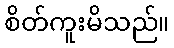
စိတ်ကူးမိသည်။